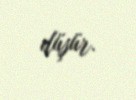
düşür.